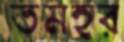
তমহর